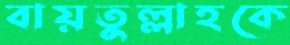
বায়তুল্লাহকে